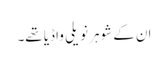
ان کے شوہر نویلی واڈیا تھے۔